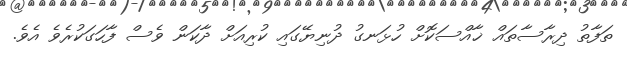
ތަފާތު ދިރާސާތައް ޚާއްސަކޮށް ހުޅަނގު ދުނިޔޭގައި ކުރިއަށް ދާކަން ވެސް ފާހަގަކުރެވެ އެވެ.